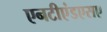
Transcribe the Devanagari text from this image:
एनटीएंडएसए